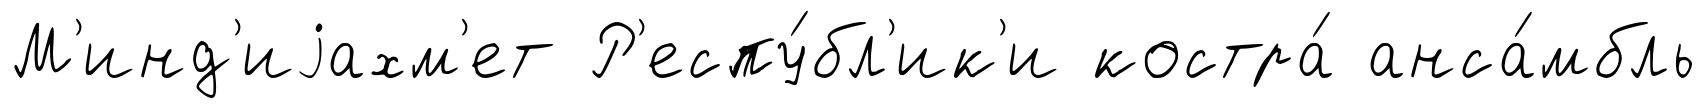
М'инд'иjахм'ет Р'еспу́бл'ик'и костра́ анса́мбль